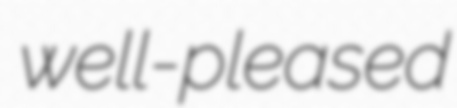
well-pleased